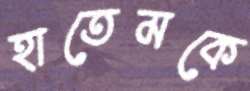
হাতেমকে